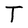
Character: T